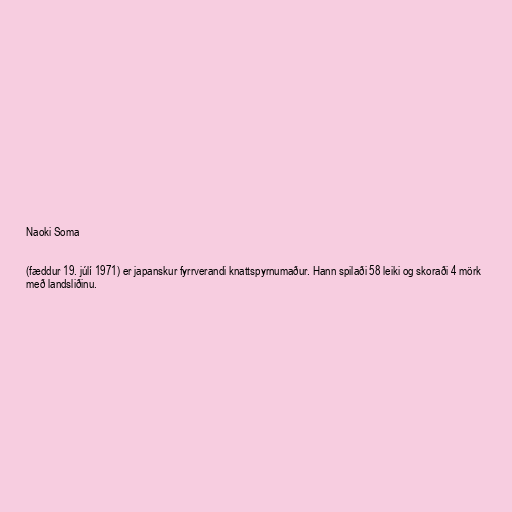
Naoki Soma

(fæddur 19. júlí 1971) er japanskur fyrrverandi knattspyrnumaður. Hann spilaði 58 leiki og skoraði 4 mörk
með landsliðinu.